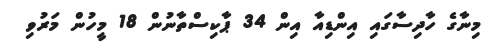
މިނާގެ ހާދިސާގައި އިންޑިއާ އިން 34 ޕާކިސްތާނުން 18 މީހުން މަރުވި